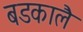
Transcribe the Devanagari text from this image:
बडकालै